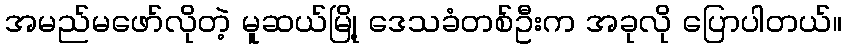
အမည်မဖော်လိုတဲ့ မူဆယ်မြို့ ဒေသခံတစ်ဦးက အခုလို ပြောပါတယ်။